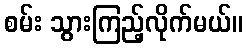
စမ်း သွားကြည့်လိုက်မယ်။